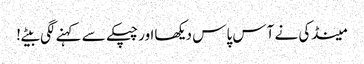
مینڈکی نے آس پاس دیکھااور چپکے سے کہنے لگی بیٹے!